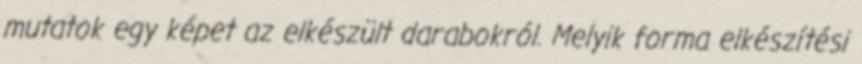
mutatok egy képet az elkészült darabokról. Melyik forma elkészítési